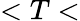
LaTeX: <T<